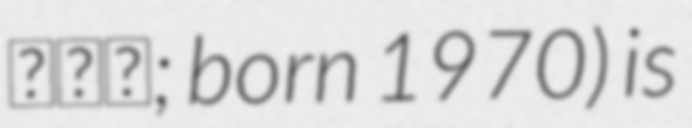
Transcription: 최금진; born 1970) is